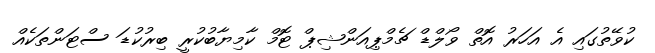
ކުވޭތުގައި އެ އަހަރު އޮތް ވޯލްޑް ޗެމްޕިއަންޝިޕް ޓޮމް ކާމިޔާބުކުރީ ބިރުކުޑަ ސްޓަންތަކެއް